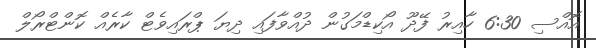
އޮއްސި 6:30 ހާއިރު ފޭދޫ އޯކިޑްމަގުން ދުއްވާފައި ދިޔަ ޕްރައިވެޓް ކާރެއް ކޮންޓްރޯލް